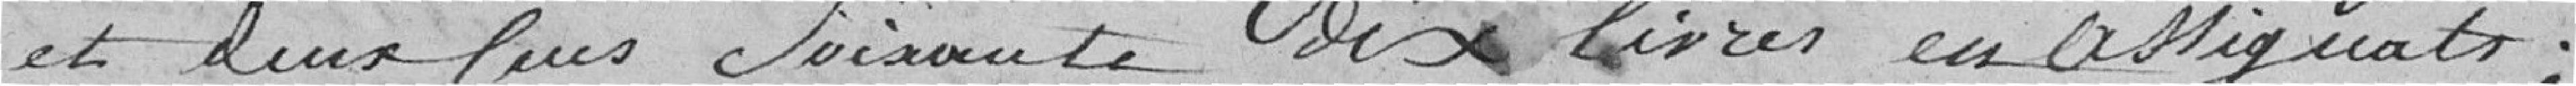
et deux cent soixante dix livres en assignats,